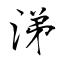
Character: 涕